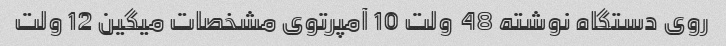
روی دستگاه نوشته 48  ولت 10 آمپرتوی مشخصات میگین 12 ولت